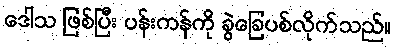
ဒေါသ ဖြစ်ပြီး ပန်းကန်ကို ခွဲခြေပစ်လိုက်သည်။